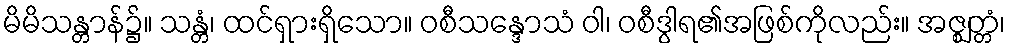
မိမိသန္တာန်၌။ သန္တံ၊ ထင်ရှားရှိသော။ ဝစီသန္ဒောသံ ဝါ၊ ဝစီဒွါရ၏အဖြစ်ကိုလည်း။ အဇ္ဈတ္တံ၊